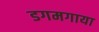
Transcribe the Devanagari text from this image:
डगमगाया